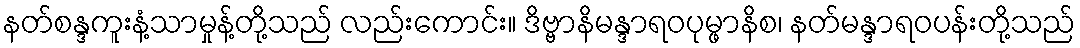
နတ်စန္ဒကူးနံ့သာမှုန့်တို့သည် လည်းကောင်း။ ဒိဗ္ဗာနိမန္ဒာရဝပုမ္ဖာနိစ၊ နတ်မန္ဒာရဝပန်းတို့သည်